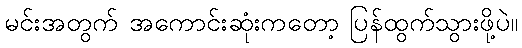
မင်းအတွက် အကောင်းဆုံးကတော့ ပြန်ထွက်သွားဖို့ပဲ။